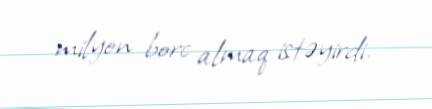
milyon borc almaq istəyirdi.